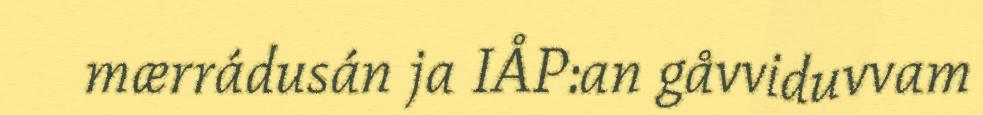
mærrádusán ja IÅP:an gåvviduvvam